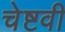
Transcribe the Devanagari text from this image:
चेष्टवी